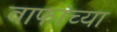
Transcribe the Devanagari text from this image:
वाफांच्या